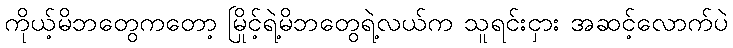
ကိုယ့်မိဘတွေကတော့ မြိုင့်ရဲ့မိဘတွေရဲ့လယ်က သူရင်းငှား အဆင့်လောက်ပဲ